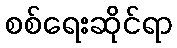
စစ်ရေးဆိုင်ရာ